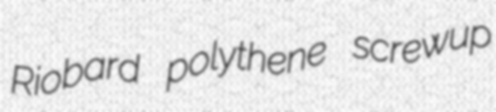
Riobard polythene screwup